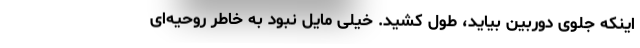
اینکه جلوی دوربین بیاید، طول کشید. خیلی مایل نبود به خاطر روحیه‌ای